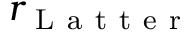
r _ { \mathrm { ~ L ~ a ~ t ~ t ~ e ~ r ~ } }